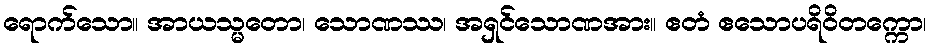
ရောက်သော။ အာယသ္မတော၊ သောဏဿ၊ အရှင်သောဏအား။ ဧတံ ဧသောပရိဝိတက္ကော၊